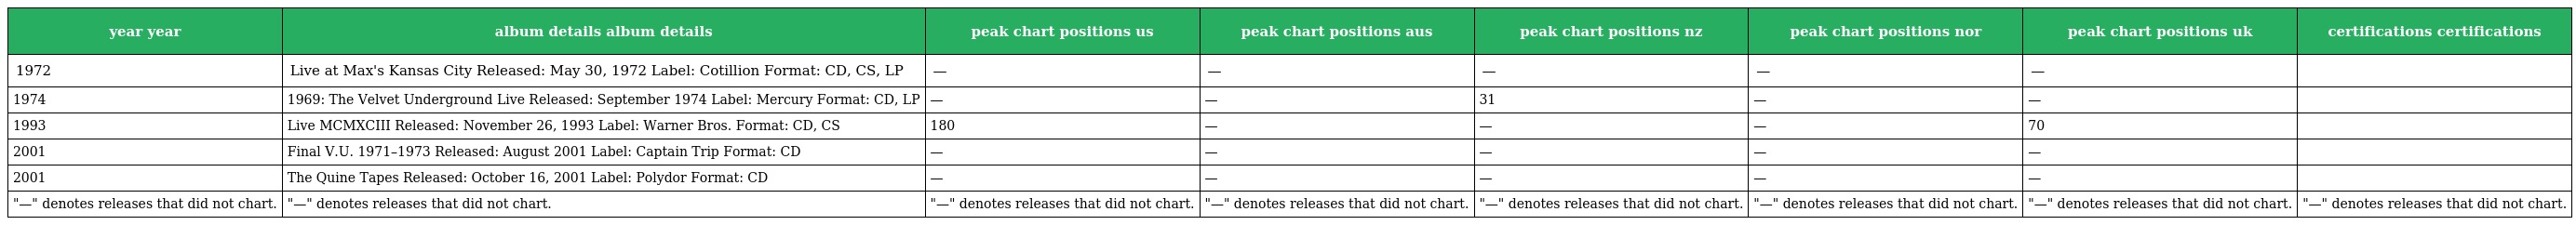
| year year | album details album details | peak chart positions us | peak chart positions aus | peak chart positions nz | peak chart positions nor | peak chart positions uk | certifications certifications |
 | --- | --- | --- | --- | --- | --- | --- | --- |
 | 1972 | Live at Max's Kansas City Released: May 30, 1972 Label: Cotillion Format: CD, CS, LP | — | — | — | — | — |  |
 | 1974 | 1969: The Velvet Underground Live Released: September 1974 Label: Mercury Format: CD, LP | — | — | 31 | — | — |  |
 | 1993 | Live MCMXCIII Released: November 26, 1993 Label: Warner Bros. Format: CD, CS | 180 | — | — | — | 70 |  |
 | 2001 | Final V.U. 1971–1973 Released: August 2001 Label: Captain Trip Format: CD | — | — | — | — | — |  |
 | 2001 | The Quine Tapes Released: October 16, 2001 Label: Polydor Format: CD | — | — | — | — | — |  |
 | "—" denotes releases that did not chart. | "—" denotes releases that did not chart. | "—" denotes releases that did not chart. | "—" denotes releases that did not chart. | "—" denotes releases that did not chart. | "—" denotes releases that did not chart. | "—" denotes releases that did not chart. | "—" denotes releases that did not chart. |